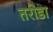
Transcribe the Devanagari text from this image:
तरोडा